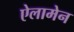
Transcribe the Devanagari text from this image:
ऐलामेन